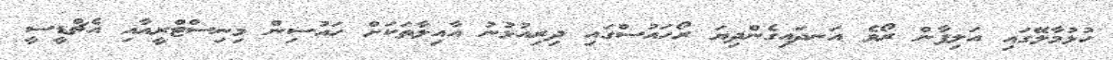
ހުޅުމާލޭގައި އަލިފާން ރޯވެ އަނދައިގެންދިޔަ ރޯހައުސްގައި ދިރިއުޅުނު އާއިލާތަކަށް ހައުސިން މިނިސްޓްރީއާއި އެޗްޑީސީ